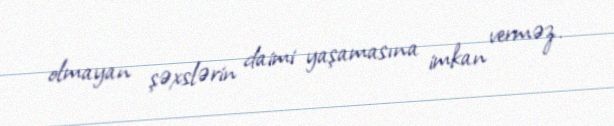
olmayan şəxslərin daimi yaşamasına imkan verməz.